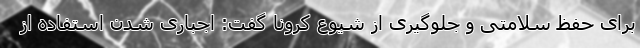
برای حفظ سلامتی و جلوگیری از شیوع کرونا گفت: اجباری شدن استفاده از